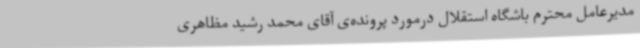
مدیرعامل محترم باشگاه استقلال درمورد پرونده‌ی آقای محمد رشید مظاهری